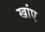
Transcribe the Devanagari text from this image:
खांए